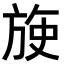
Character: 𬀈